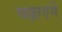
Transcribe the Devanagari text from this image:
चढ़ाएंगे